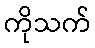
ကိုသက်